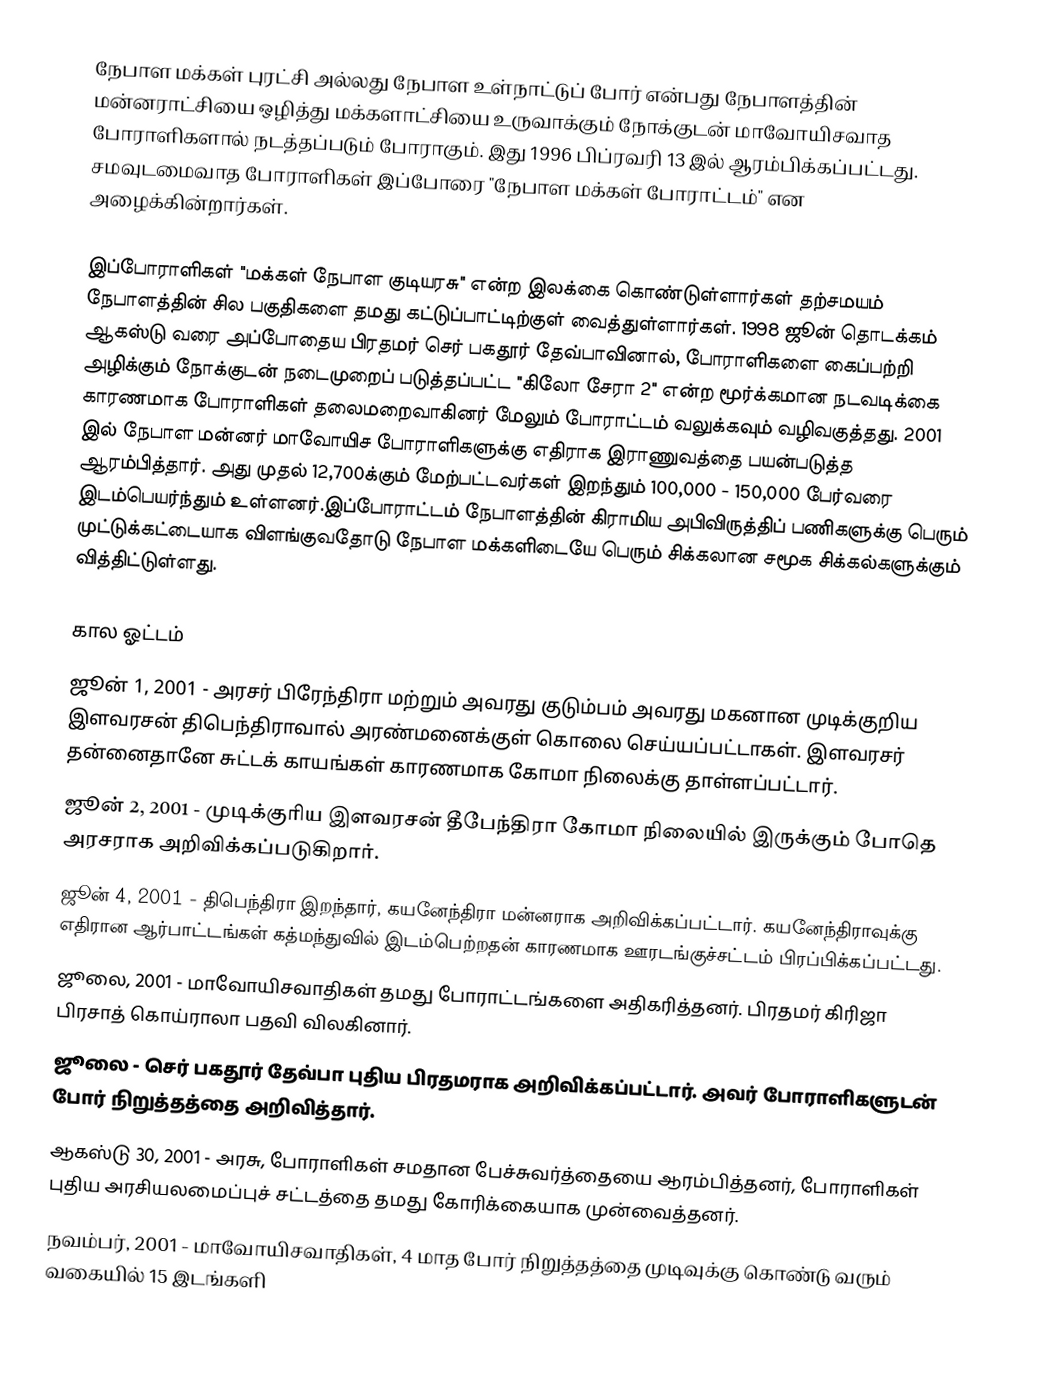
நேபாள மக்கள் புரட்சி அல்லது நேபாள உள்நாட்டுப் போர் என்பது நேபாளத்தின் மன்னராட்சியை ஒழித்து மக்களாட்சியை உருவாக்கும் நோக்குடன்  மாவோயிசவாத போராளிகளால் நடத்தப்படும் போராகும். இது 1996 பிப்ரவரி 13 இல் ஆரம்பிக்கப்பட்டது. சமவுடமைவாத போராளிகள் இப்போரை "நேபாள மக்கள் போராட்டம்" என அழைக்கின்றார்கள்.

இப்போராளிகள் "மக்கள் நேபாள குடியரசு" என்ற இலக்கை கொண்டுள்ளார்கள் தற்சமயம் நேபாளத்தின் சில பகுதிகளை தமது கட்டுப்பாட்டிற்குள் வைத்துள்ளார்கள். 1998 ஜூன் தொடக்கம் ஆகஸ்டு வரை அப்போதைய பிரதமர் செர் பகதூர் தேவ்பாவினால், போராளிகளை கைப்பற்றி அழிக்கும் நோக்குடன் நடைமுறைப் படுத்தப்பட்ட "கிலோ சேரா 2" என்ற மூர்க்கமான நடவடிக்கை காரணமாக போராளிகள் தலைமறைவாகினர் மேலும் போராட்டம் வலுக்கவும் வழிவகுத்தது. 2001 இல் நேபாள மன்னர் மாவோயிச போராளிகளுக்கு எதிராக இராணுவத்தை பயன்படுத்த ஆரம்பித்தார். அது முதல் 12,700க்கும் மேற்பட்டவர்கள் இறந்தும் 100,000 - 150,000 பேர்வரை இடம்பெயர்ந்தும் உள்ளனர்.இப்போராட்டம் நேபாளத்தின் கிராமிய அபிவிருத்திப் பணிகளுக்கு பெரும் முட்டுக்கட்டையாக விளங்குவதோடு நேபாள மக்களிடையே பெரும் சிக்கலான சமூக சிக்கல்களுக்கும் வித்திட்டுள்ளது.

கால ஓட்டம்
ஜூன் 1, 2001 - அரசர் பிரேந்திரா மற்றும் அவரது குடும்பம் அவரது மகனான முடிக்குறிய இளவரசன் திபெந்திராவால் அரண்மனைக்குள் கொலை செய்யப்பட்டாகள். இளவரசர் தன்னைதானே சுட்டக் காயங்கள் காரணமாக கோமா நிலைக்கு தாள்ளப்பட்டார்.
ஜூன் 2, 2001 - முடிக்குரிய இளவரசன் தீபேந்திரா கோமா நிலையில் இருக்கும் போதெ அரசராக அறிவிக்கப்படுகிறார்.
ஜூன் 4, 2001 - திபெந்திரா இறந்தார், கயனேந்திரா மன்னராக அறிவிக்கப்பட்டார். கயனேந்திராவுக்கு எதிரான ஆர்பாட்டங்கள் கத்மந்துவில் இடம்பெற்றதன் காரணமாக ஊரடங்குச்சட்டம் பிரப்பிக்கப்பட்டது.
ஜூலை, 2001 - மாவோயிசவாதிகள் தமது போராட்டங்களை அதிகரித்தனர். பிரதமர் கிரிஜா பிரசாத் கொய்ராலா பதவி விலகினார்.
ஜூலை - செர் பகதூர் தேவ்பா  புதிய பிரதமராக அறிவிக்கப்பட்டார். அவர் போராளிகளுடன் போர் நிறுத்தத்தை அறிவித்தார்.
ஆகஸ்டு 30, 2001 - அரசு, போராளிகள் சமதான பேச்சுவர்த்தையை ஆரம்பித்தனர், போராளிகள் புதிய அரசியலமைப்புச் சட்டத்தை தமது கோரிக்கையாக முன்வைத்தனர்.
நவம்பர், 2001 - மாவோயிசவாதிகள், 4 மாத போர் நிறுத்தத்தை முடிவுக்கு கொண்டு வரும் வகையில் 15 இடங்களி